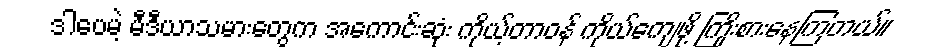
ဒါပေမဲ့ မီဒီယာသမားတွေက အကောင်းဆုံး ကိုယ့်တာဝန် ကိုယ်ကျေဖို့ ကြိုးစားနေကြတယ်။